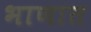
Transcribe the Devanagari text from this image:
भाणात